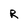
Character: R